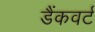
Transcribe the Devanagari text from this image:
डैंकवर्ट